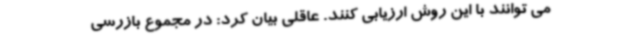
می توانند با این روش ارزیابی کنند. عاقلی بیان کرد: در مجموع بازرسی